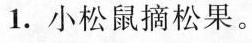
1. 小松鼠摘松果。